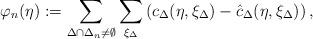
LaTeX: \begin{align*} \varphi_n(\eta) := \sum_{\Delta \cap \Delta_n \neq \emptyset}\sum_{\xi_{\Delta}} \left( c_\Delta(\eta, \xi_\Delta) - \hat{c}_\Delta(\eta, \xi_\Delta) \right), \end{align*}